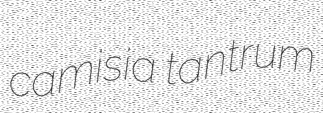
camisia tantrum